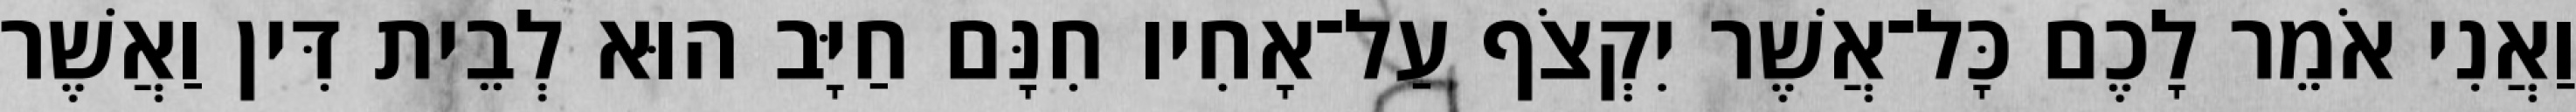
וַאֲנִי אֹמֵר לָכֶם כָּל־אֲשֶׁר יִקְצֹף עַל־אָחִיו חִנָּם חַיָּב הוּא לְבֵית דִּין וַאֲשֶׁר